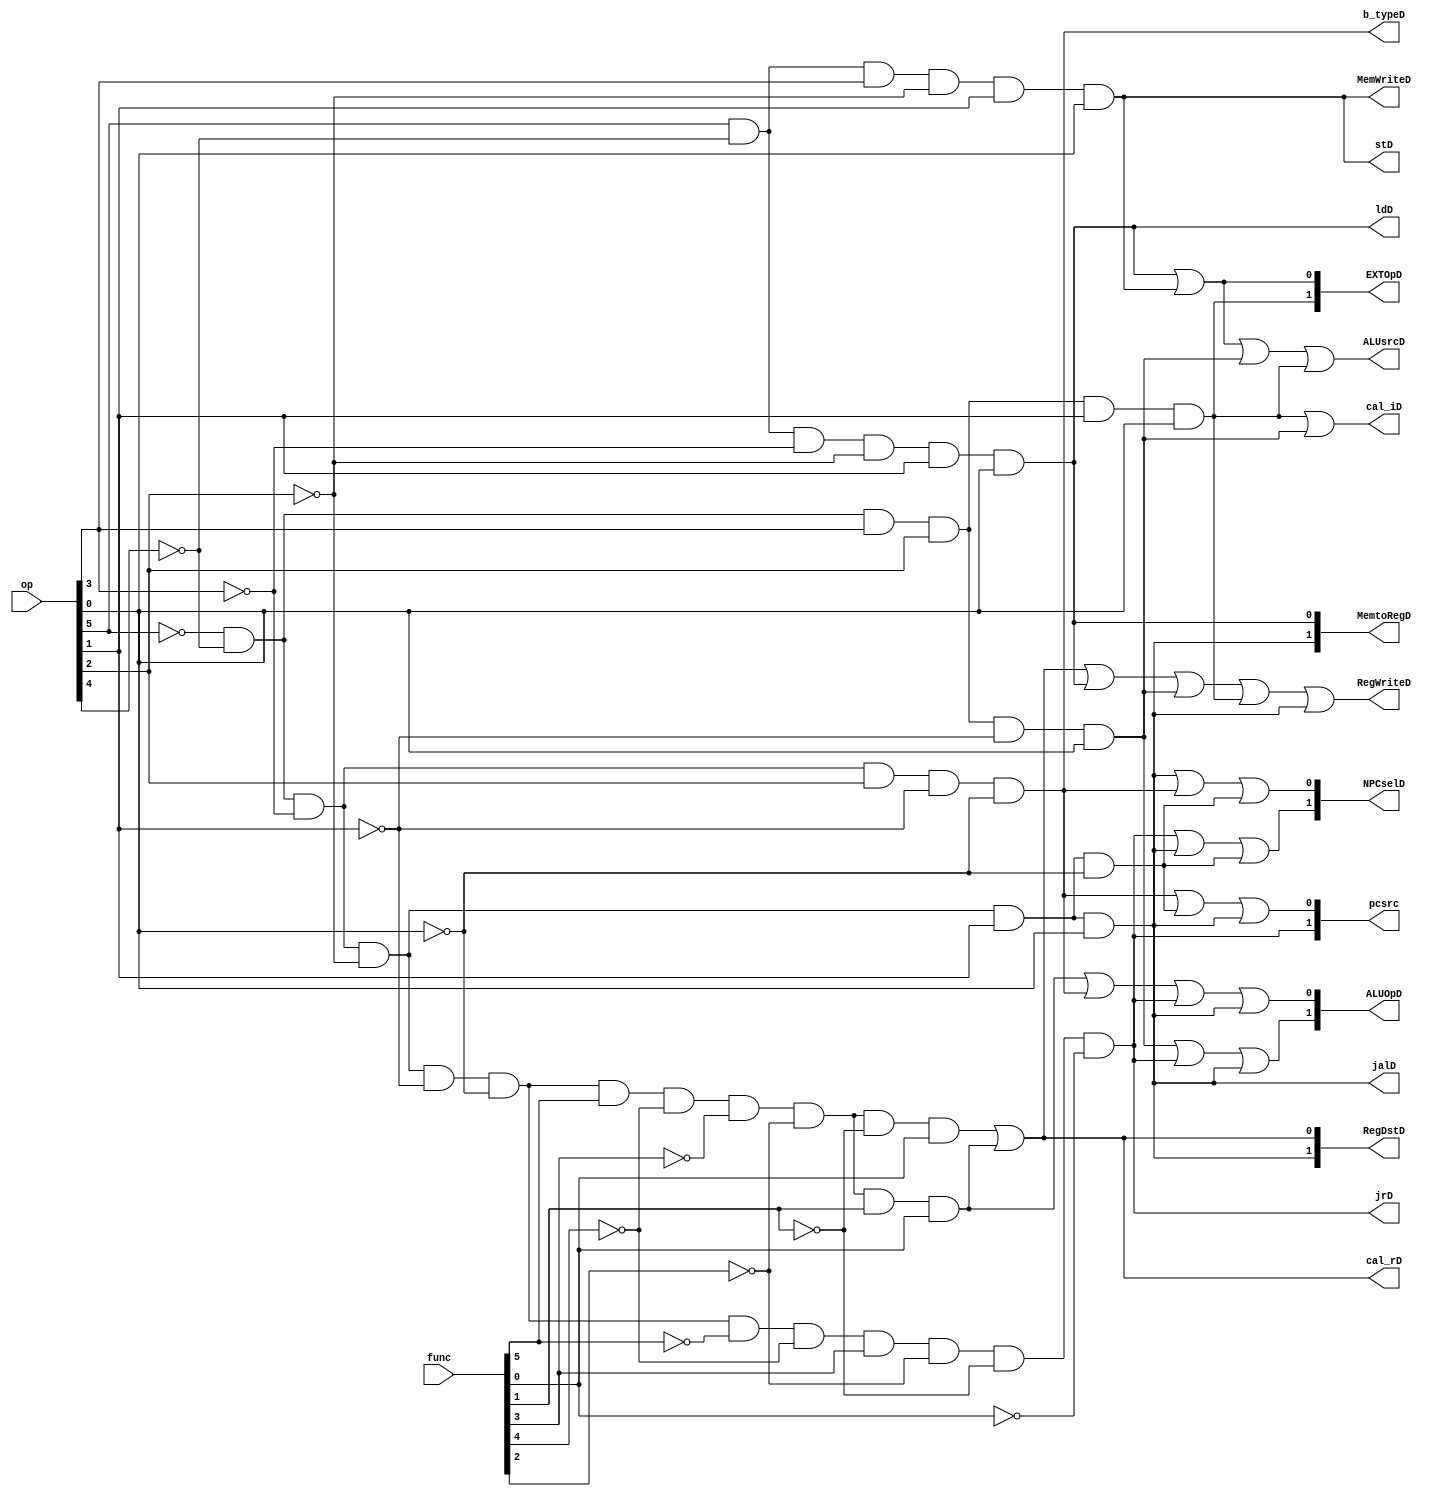
`timescale 1ns / 1ps
//////////////////////////////////////////////////////////////////////////////////
// Company: 
// Engineer: 
// 
// Design Name: 
// Module Name:    ctrl 
// Project Name: 
// Target Devices: 
// Tool versions: 
// Description: 
//
// Dependencies: 
//
// Revision: 
// Revision 0.01 - File Created
// Additional Comments: 
//
//////////////////////////////////////////////////////////////////////////////////
module ctrl(
	 input [5:0] op,     //P5.1 addu subu ori lui j
	 input [5:0] func,
	 output [1:0] RegDstD,     //00rt,lwcal_iswrt/01rd, cal_r  write register //10 31  jal
	 output [1:0] EXTOpD, //00 01 10lui
	 output [1:0] MemtoRegD,		//  00alu01dm,10PC+8
	 output [1:0] NPCselD, //00PC+4  01beq /10 jr/11jalj
	 output MemWriteD,     //DM
	 output [1:0] ALUOpD,  //alu 00+   01-   10| 
	 output ALUsrcD,		//0 r beqGPRRD2   1 lw sw ori lui ext
	 output RegWriteD,     //gpr 
	 output [1:0] pcsrc,   // 00,PC+4,,/01,j,jal,beq/10,jr
	 output cal_rD,
	 output cal_iD,
	 output ldD,
	 output stD,
	 output b_typeD,
	 output jrD,
	 output jalD
    );
	 
	 wire addu=~op[5]&~op[4]&~op[3]&~op[2]&~op[1]&~op[0]&func[5]&~func[4]&~func[3]&~func[2]&~func[1]&func[0];
	 wire subu=~op[5]&~op[4]&~op[3]&~op[2]&~op[1]&~op[0]&func[5]&~func[4]&~func[3]&~func[2]&func[1]&func[0];
	 wire ori=~op[5]&~op[4]&op[3]&op[2]&~op[1]&op[0];
	 wire lw=op[5]&~op[4]&~op[3]&~op[2]&op[1]&op[0];
	 wire sw=op[5]&~op[4]&op[3]&~op[2]&op[1]&op[0];
	 wire beq=~op[5]&~op[4]&~op[3]&op[2]&~op[1]&~op[0];
	 wire lui=~op[5]&~op[4]&op[3]&op[2]&op[1]&op[0];
	 wire jal=~op[5]&~op[4]&~op[3]&~op[2]&op[1]&op[0];
	 wire jr=~op[5]&~op[4]&~op[3]&~op[2]&~op[1]&~op[0]&~func[5]&~func[4]&func[3]&~func[2]&~func[1]&~func[0];
	 wire j=~op[5]&~op[4]&~op[3]&~op[2]&op[1]&~op[0];
	 
	 assign cal_rD=addu|subu; //R
	 assign cal_iD=lui|ori;		//i
	 assign ldD=lw;				//load
	 assign stD=sw;				//store
	 assign b_typeD=beq;         
	 assign jrD=jr;
	 assign jalD=jal;
	 
	 
	 assign RegDstD[1]=jal;
	 assign RegDstD[0]=cal_rD;
	 assign EXTOpD[1]=lui;
	 assign EXTOpD[0]=lw|sw;
	 assign MemtoRegD[1]=jal;
	 assign MemtoRegD[0]=lw;
	 assign NPCselD[1]=jr|jal|j;
	 assign NPCselD[0]=jal|beq|j;
	 assign MemWriteD=sw;
	 assign ALUOpD[1]=ori|jr|jal;
	 assign ALUOpD[0]=subu|beq|jr|jal;
	 assign ALUsrcD=lw|sw|ori|lui;
	 assign RegWriteD=addu|subu|lw|ori|lui|jal;
	 assign pcsrc[1]=jr;
	 assign pcsrc[0]=b_typeD|j|jal;
	 
	 
endmodule